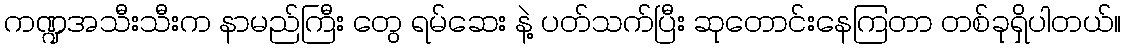
ကဏ္ဍအသီးသီးက နာမည်ကြီး တွေ ရမ်ဆေး နဲ့ ပတ်သက်ပြီး ဆုတောင်းနေကြတာ တစ်ခုရှိပါတယ်။